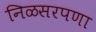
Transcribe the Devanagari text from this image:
निळसरपणा